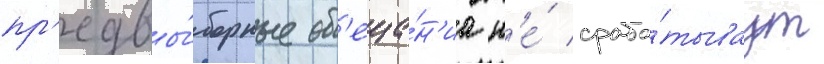
пр'едвы́борные об'еща́н'иа н'е́ сраба́тываут